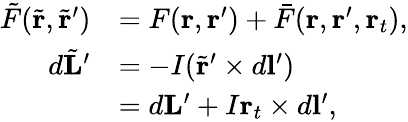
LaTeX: \begin{array}{rl}{\tilde{F}(\tilde{\mathbf{r}},\tilde{\mathbf{r}}^{\prime})}&{=F(\mathbf{r},\mathbf{r}^{\prime})+\bar{F}(\mathbf{r},\mathbf{r}^{\prime},\mathbf{r}_{t}),}\\ {d\tilde{\mathbf{L}}^{\prime}}&{=-I(\tilde{\mathbf{r}}^{\prime}\times d\mathbf{l}^{\prime})}\\ &{=d\mathbf{L}^{\prime}+I\mathbf{r}_{t}\times d\mathbf{l}^{\prime},}\end{array}